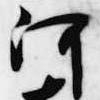
河